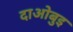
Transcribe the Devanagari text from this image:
दाओबुइ